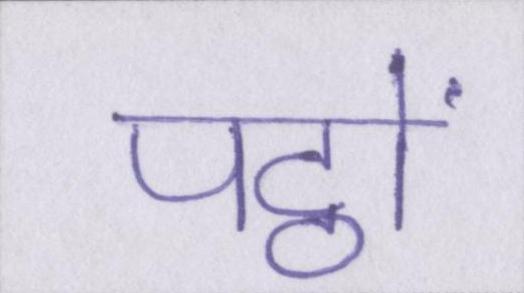
पट्ठों